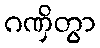
ဂဏှိတွာ